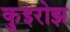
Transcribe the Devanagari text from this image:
कुइरोझ